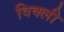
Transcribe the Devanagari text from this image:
विक्ली